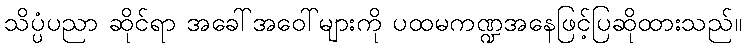
သိပ္ပံပညာ ဆိုင်ရာ အခေါ်အဝေါ်များကို ပထမကဏ္ဍအနေဖြင့်ပြဆိုထားသည်။